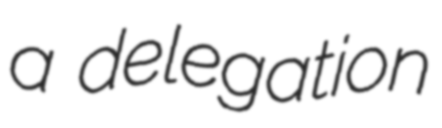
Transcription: a delegation